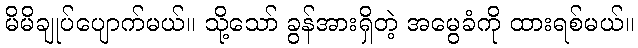
မိမိချုပ်ပျောက်မယ်။ သို့သော် ခွန်အားရှိတဲ့ အမွေခံကို ထားရစ်မယ်။